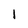
Character: 1